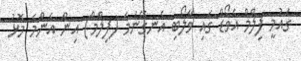
ގައުމީ ފިލްމް އެވޯޑް ގައި ވާލޯބި އެނގޭނަމަ (ފިލްމް) އިން އެންމެ މޮޅު